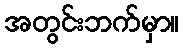
အတွင်းဘက်မှာ။